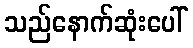
သည်နောက်ဆုံးပေါ်